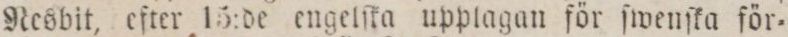
Nesbit, efter 15:de engelſka upplagan för ſwenſka för=